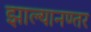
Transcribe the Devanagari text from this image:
झाल्यानण्तर